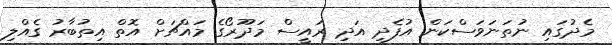
މެދުގައި ނުތަނަވަސްކަން އުފެދި އަދި ރައީސް މަދޫރޯގެ މައްޗަށް އޮތް އިތުބާރު ގެއްލި